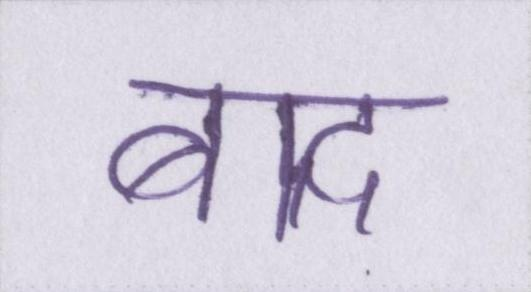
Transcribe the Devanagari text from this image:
बाद